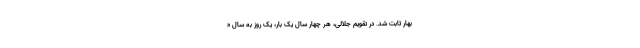
بهار ثابت شد. در تقویم جلالی، هر چهار سال یک بار، یک روز به سال «